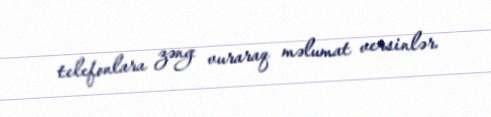
telefonlara zəng vuraraq məlumat versinlər.